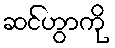
ဆင်ဟွာကို